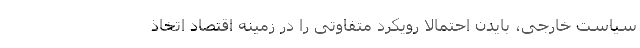
سیاست خارجی، بایدن احتمالا رویکرد متفاوتی را در زمینه اقتصاد اتخاذ